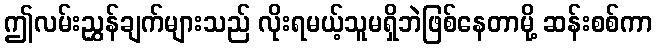
ဤလမ်းညွှန်ချက်များသည် လိုးရမယ့်သူမရှိဘဲဖြစ်နေတာမို့ ဆန်းစစ်ကာ